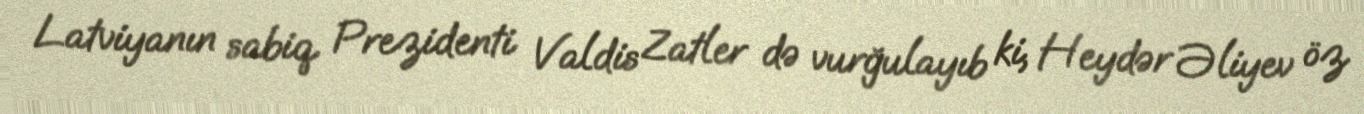
Latviyanın sabiq Prezidenti Valdis Zatler də vurğulayıb ki, Heydər Əliyev öz